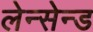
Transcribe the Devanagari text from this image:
लेन्सेन्ड